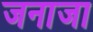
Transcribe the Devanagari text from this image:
जनाजा